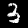
Digit: 3